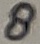
Text: 8